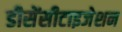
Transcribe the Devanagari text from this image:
डीसेंसीटाइजेशन